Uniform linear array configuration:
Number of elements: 32
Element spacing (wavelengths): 0.5
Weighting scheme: hann
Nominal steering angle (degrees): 45
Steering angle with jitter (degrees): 44.377
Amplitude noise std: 0.05
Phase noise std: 0.05

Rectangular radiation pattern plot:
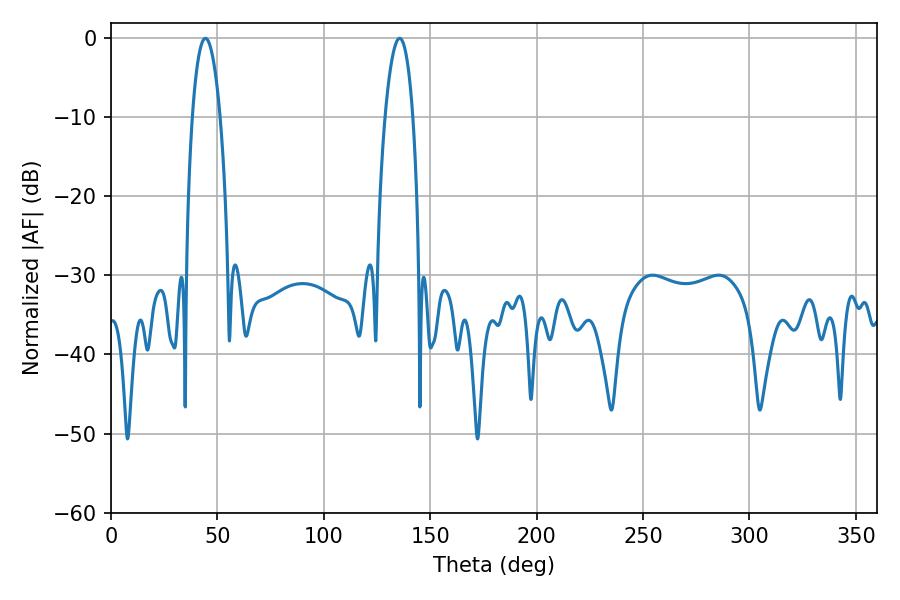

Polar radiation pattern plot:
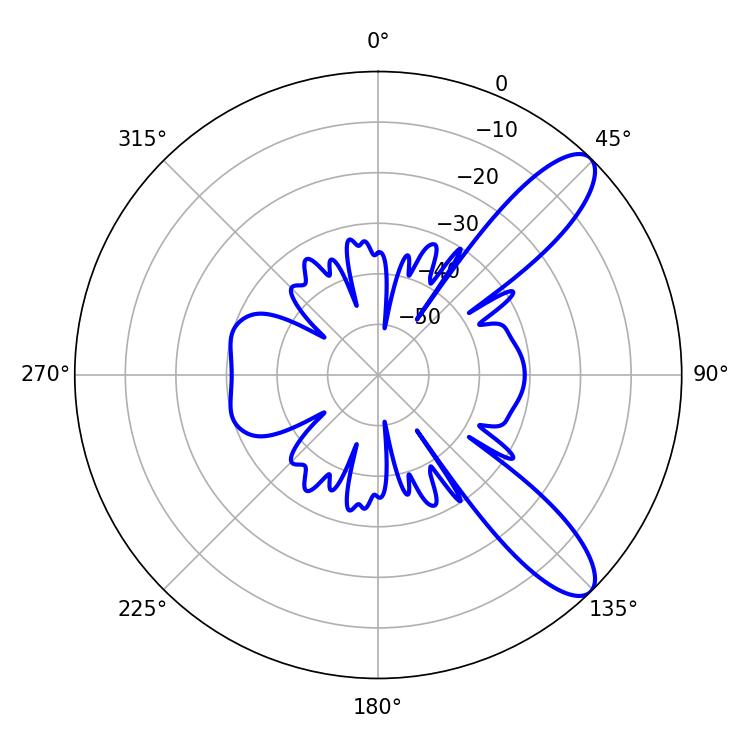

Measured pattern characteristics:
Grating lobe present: FALSE
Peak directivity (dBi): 10.218
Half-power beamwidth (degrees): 7.2
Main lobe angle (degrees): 44.28